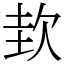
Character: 㰪